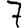
Digit: 7